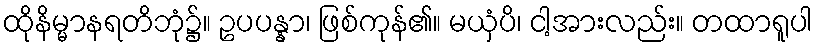
ထိုနိမ္မာနရတိဘုံ၌။ ဥပပန္နာ၊ ဖြစ်ကုန်၏။ မယှံပိ၊ ငါ့အားလည်း။ တထာရူပါ